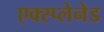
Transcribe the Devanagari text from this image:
एक्स्प्लेनेड